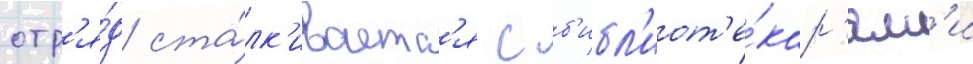
отр'я́д ста́лк'иваетс'я с б'ибл'иот'е́кар'ям'и